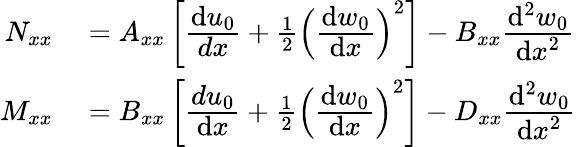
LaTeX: \begin{array}{rl}{N_{xx}}&{{}=A_{xx}\left[{\cfrac{\mathrm{d}u_{0}}{dx}}+{\frac{1}{2}}\left({\cfrac{\mathrm{d}w_{0}}{\mathrm{d}x}}\right)^{2}\right]-B_{xx}{\cfrac{\mathrm{d}^{2}w_{0}}{\mathrm{d}x^{2}}}}\\ {M_{xx}}&{{}=B_{xx}\left[{\cfrac{du_{0}}{\mathrm{d}x}}+{\frac{1}{2}}\left({\cfrac{\mathrm{d}w_{0}}{\mathrm{d}x}}\right)^{2}\right]-D_{xx}{\cfrac{\mathrm{d}^{2}w_{0}}{\mathrm{d}x^{2}}}}\end{array}